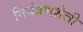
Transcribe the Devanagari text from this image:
नियंत्रणशैली